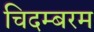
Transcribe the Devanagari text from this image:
चिदम्‍बरम